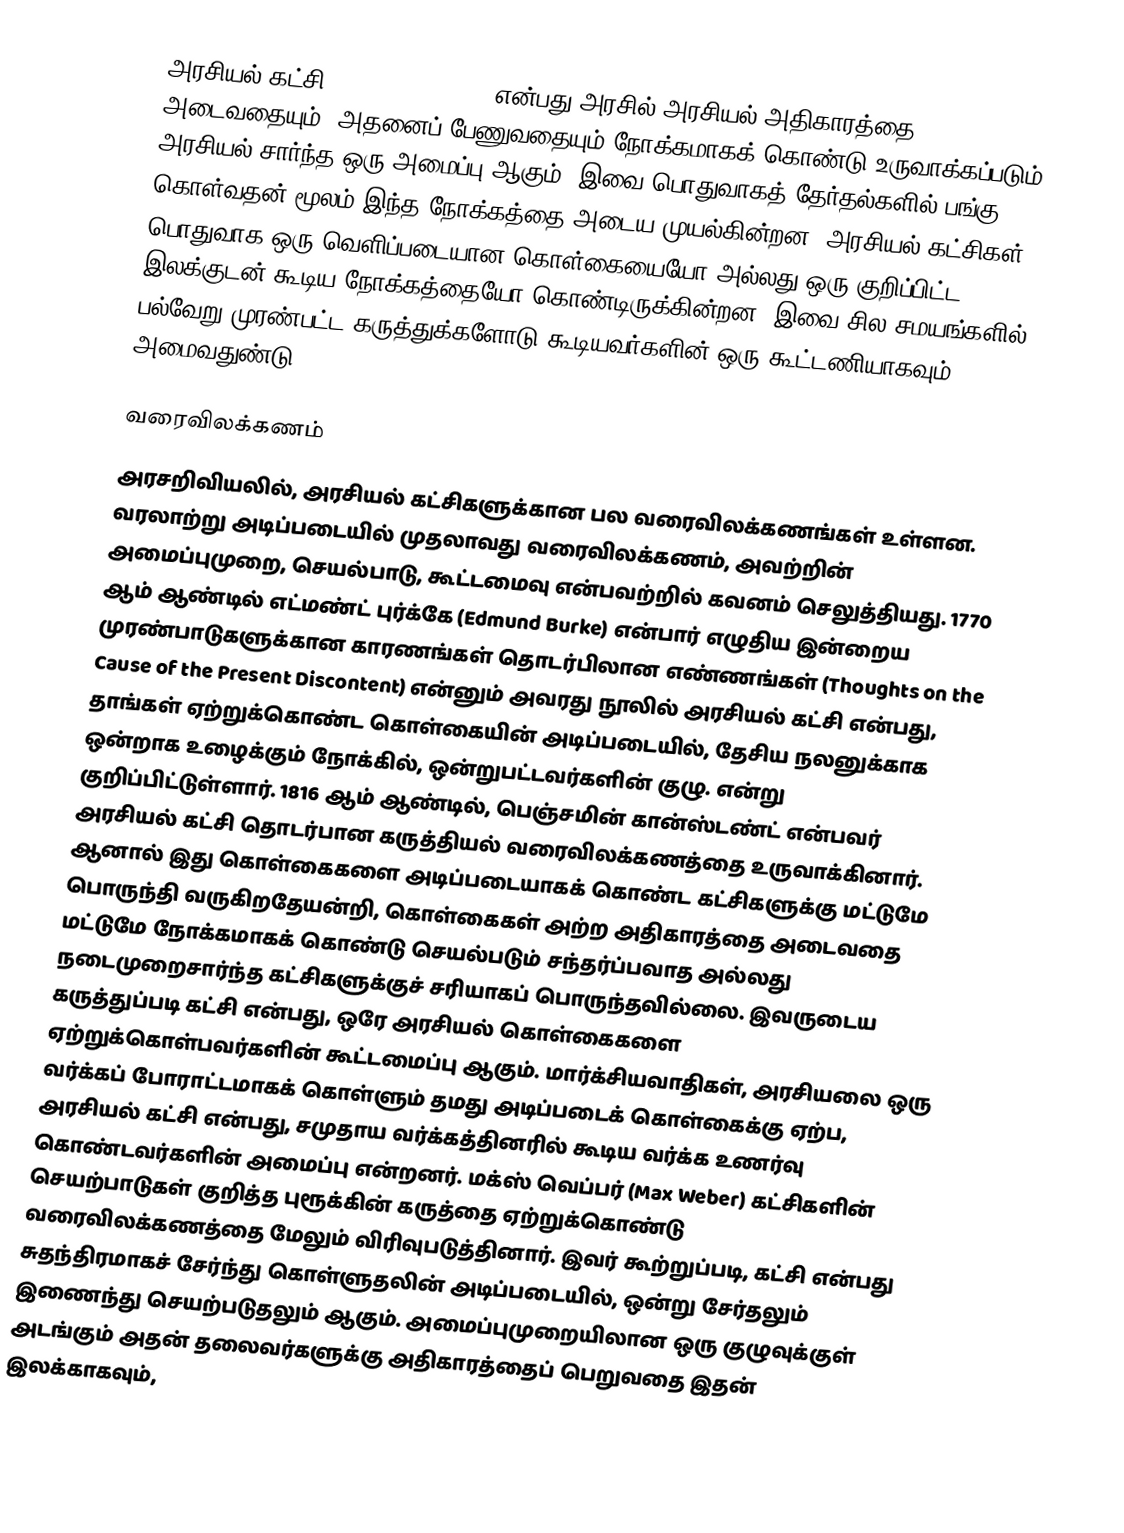
அரசியல் கட்சி (Political party) என்பது அரசில் அரசியல் அதிகாரத்தை அடைவதையும், அதனைப் பேணுவதையும் நோக்கமாகக் கொண்டு உருவாக்கப்படும் அரசியல் சார்ந்த ஒரு அமைப்பு ஆகும். இவை பொதுவாகத் தேர்தல்களில் பங்கு கொள்வதன் மூலம் இந்த நோக்கத்தை அடைய முயல்கின்றன. அரசியல் கட்சிகள் பொதுவாக ஒரு வெளிப்படையான கொள்கையையோ அல்லது ஒரு குறிப்பிட்ட இலக்குடன் கூடிய நோக்கத்தையோ கொண்டிருக்கின்றன. இவை சில சமயங்களில் பல்வேறு முரண்பட்ட கருத்துக்களோடு கூடியவர்களின் ஒரு கூட்டணியாகவும் அமைவதுண்டு.

வரைவிலக்கணம்
அரசறிவியலில், அரசியல் கட்சிகளுக்கான பல வரைவிலக்கணங்கள் உள்ளன. வரலாற்று அடிப்படையில் முதலாவது வரைவிலக்கணம், அவற்றின் அமைப்புமுறை, செயல்பாடு, கூட்டமைவு என்பவற்றில் கவனம் செலுத்தியது. 1770 ஆம் ஆண்டில் எட்மண்ட் புர்க்கே (Edmund Burke) என்பார் எழுதிய இன்றைய முரண்பாடுகளுக்கான காரணங்கள் தொடர்பிலான எண்ணங்கள் (Thoughts on the Cause of the Present Discontent) என்னும் அவரது நூலில் அரசியல் கட்சி என்பது, தாங்கள் ஏற்றுக்கொண்ட கொள்கையின் அடிப்படையில், தேசிய நலனுக்காக ஒன்றாக உழைக்கும் நோக்கில், ஒன்றுபட்டவர்களின் குழு. என்று குறிப்பிட்டுள்ளார். 1816 ஆம் ஆண்டில், பெஞ்சமின் கான்ஸ்டண்ட் என்பவர் அரசியல் கட்சி தொடர்பான கருத்தியல் வரைவிலக்கணத்தை உருவாக்கினார். ஆனால் இது கொள்கைகளை அடிப்படையாகக் கொண்ட கட்சிகளுக்கு மட்டுமே பொருந்தி வருகிறதேயன்றி, கொள்கைகள் அற்ற அதிகாரத்தை அடைவதை மட்டுமே நோக்கமாகக் கொண்டு செயல்படும் சந்தர்ப்பவாத அல்லது நடைமுறைசார்ந்த கட்சிகளுக்குச் சரியாகப் பொருந்தவில்லை. இவருடைய கருத்துப்படி கட்சி என்பது, ஒரே அரசியல் கொள்கைகளை ஏற்றுக்கொள்பவர்களின் கூட்டமைப்பு ஆகும். மார்க்சியவாதிகள், அரசியலை ஒரு வர்க்கப் போராட்டமாகக் கொள்ளும் தமது அடிப்படைக் கொள்கைக்கு ஏற்ப, அரசியல் கட்சி என்பது, சமுதாய வர்க்கத்தினரில் கூடிய வர்க்க உணர்வு கொண்டவர்களின் அமைப்பு என்றனர். மக்ஸ் வெப்பர் (Max Weber) கட்சிகளின் செயற்பாடுகள் குறித்த புரூக்கின் கருத்தை ஏற்றுக்கொண்டு வரைவிலக்கணத்தை மேலும் விரிவுபடுத்தினார். இவர் கூற்றுப்படி, கட்சி என்பது  சுதந்திரமாகச் சேர்ந்து கொள்ளுதலின் அடிப்படையில், ஒன்று சேர்தலும் இணைந்து செயற்படுதலும் ஆகும். அமைப்புமுறையிலான ஒரு குழுவுக்குள் அடங்கும் அதன் தலைவர்களுக்கு அதிகாரத்தைப் பெறுவதை இதன் இலக்காகவும்,